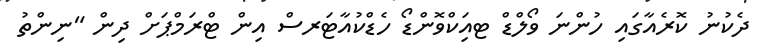
ދެކުނު ކޮރެއާގައި ހުންނަ ވޯލްޑް ޓއަިކްވޮންޑޯ ހެޑްކުއާޓަރސް އިން ޓްރަމްޕަށް ދިން "ނިންތު